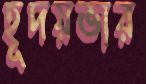
হূদয়ভার